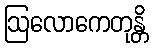
ဩလောကေတုန္တိ